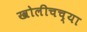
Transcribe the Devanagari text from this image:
खोलीचच्या